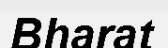
Bharat